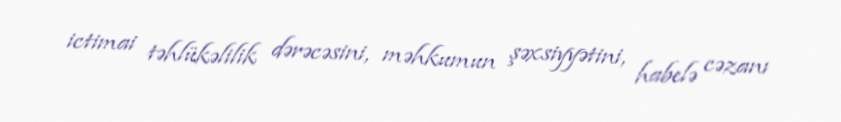
ictimai təhlükəlilik dərəcəsini, məhkumun şəxsiyyətini, habelə cəzanı